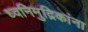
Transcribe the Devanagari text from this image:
ध्वनिमुद्रिकांना